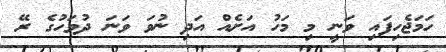
ހަމަޖެހިފައި ވަނީ މި މަހު އަށެއް އަދި ނުވަ ވަނަ ދުވަހުގެ ރޭ